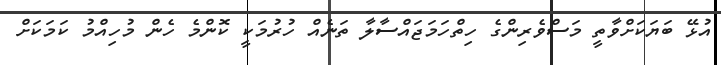
އުޅޭ ބަޔަކަށްވާތީ މަސްވެރިންގެ ހިތްހަމަޖައްސާލާ ތަނެއް ހުރުމަކީ ކޮންމެ ހެން މުހިއްމު ކަމަކަށް